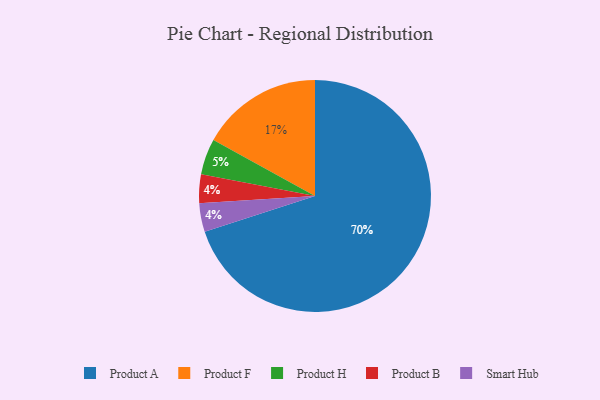
{"axis": {"x": "Category", "y": "Percentage"}, "legend": ["Product A", "Product B", "Product F", "Product H", "Smart Hub"], "data": [{"x": "Product A", "y": 70, "type": "Product A"}, {"x": "Product B", "y": 4, "type": "Product B"}, {"x": "Product F", "y": 17, "type": "Product F"}, {"x": "Product H", "y": 5, "type": "Product H"}, {"x": "Smart Hub", "y": 4, "type": "Smart Hub"}]}